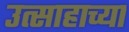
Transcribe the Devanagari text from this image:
उत्साहाच्या